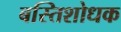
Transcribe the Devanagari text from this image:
बस्तिशोधक